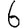
Digit: 6